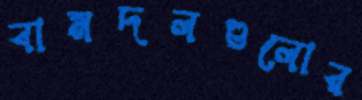
বামদলগুলোর